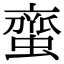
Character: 𮔰